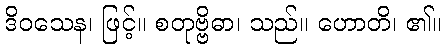
ဒိဝသေန၊ ဖြင့်။ စတုဗ္ဗိဓာ၊ သည်။ ဟောတိ၊ ၏။